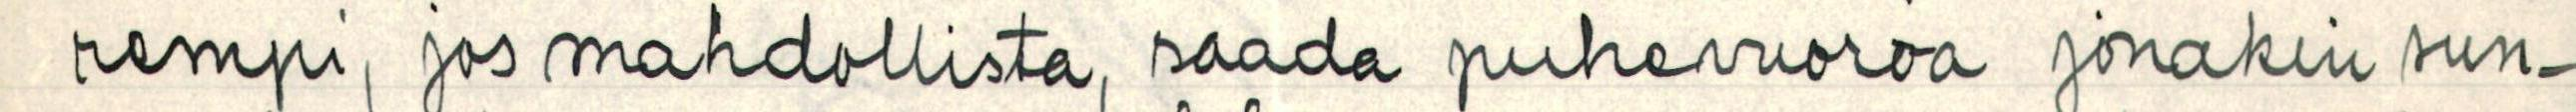
rempi, jos mahdollista, saada puhevuoroa jonakin sun-